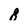
Character: 8